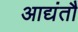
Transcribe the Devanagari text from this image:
आद्यंतौ